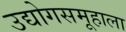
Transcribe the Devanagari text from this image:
उद्योगसमूहाला